Report on malaria in the Punjab during the year ...  together with an account of the work of the Punjab Malaria Bureau - Volume 5
Disease focus: Malaria
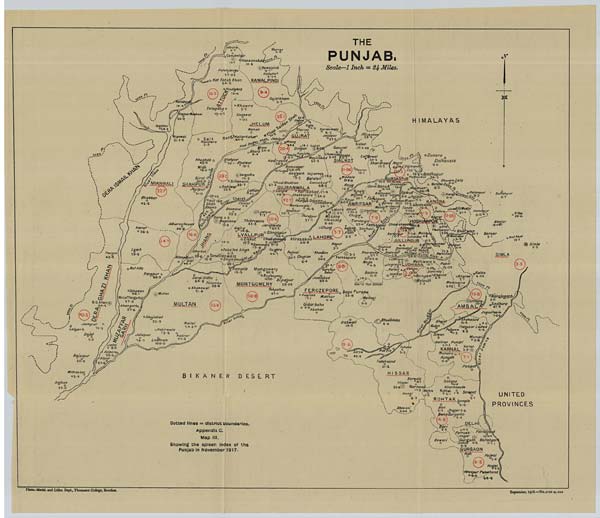
Photo.-Mechl. and Litho. Dept., Thomason College, Roorkee. September, 1918.—No.3138-6.-355